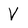
Character: V